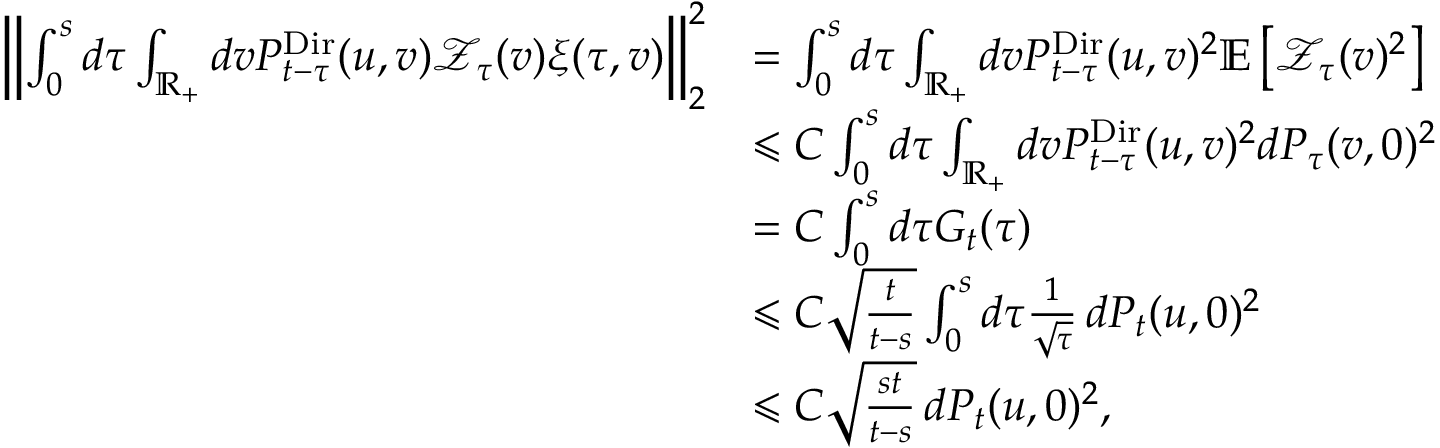
\begin{array} { r l } { \left\Vert \int _ { 0 } ^ { s } d \tau \int _ { \mathbb R _ { + } } d v P _ { t - \tau } ^ { \mathrm { D i r } } ( u , v ) \mathcal Z _ { \tau } ( v ) \xi ( \tau , v ) \right\Vert _ { 2 } ^ { 2 } } & { = \int _ { 0 } ^ { s } d \tau \int _ { \mathbb R _ { + } } d v P _ { t - \tau } ^ { \mathrm { D i r } } ( u , v ) ^ { 2 } \mathbb E \left[ \mathcal Z _ { \tau } ( v ) ^ { 2 } \right] } \\ & { \leqslant C \int _ { 0 } ^ { s } d \tau \int _ { \mathbb R _ { + } } d v P _ { t - \tau } ^ { \mathrm { D i r } } ( u , v ) ^ { 2 } d P _ { \tau } ( v , 0 ) ^ { 2 } } \\ & { = C \int _ { 0 } ^ { s } d \tau G _ { t } ( \tau ) } \\ & { \leqslant C \sqrt { \frac { t } { t - s } } \int _ { 0 } ^ { s } d \tau \frac { 1 } { \sqrt { \tau } } \, d P _ { t } ( u , 0 ) ^ { 2 } } \\ & { \leqslant C \sqrt { \frac { s t } { t - s } } \, d P _ { t } ( u , 0 ) ^ { 2 } , } \end{array}